Annual report of the Punjab Veterinary College and of the Civil Veterinary Department, Punjab - 1920-1925
Year: 1920
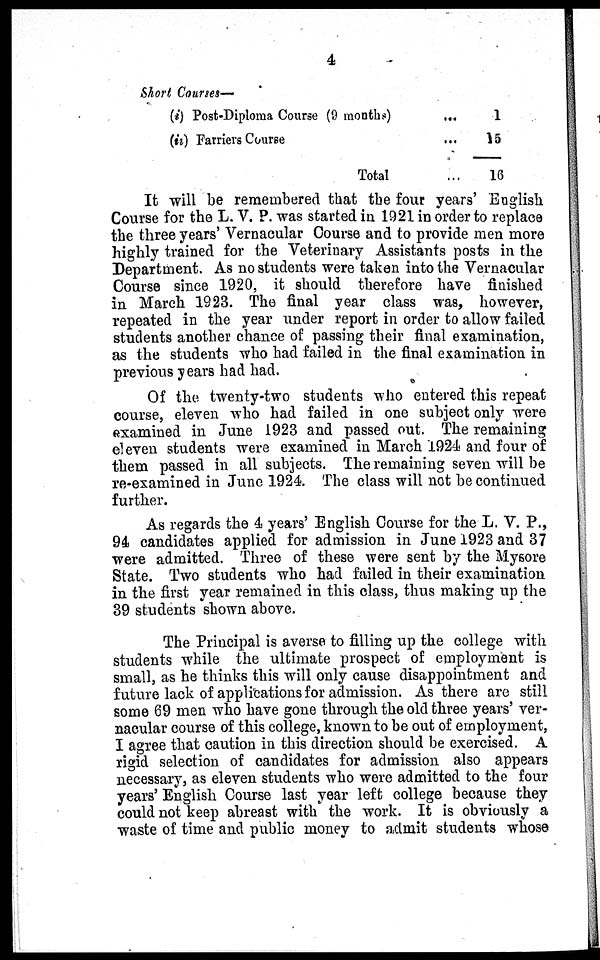
4
Short Courses—
(i) Post-Diploma Course (9 months)
(ii) Farriers Course
Total
...
...
1
15
16
It will be remembered that the four years' English
Course for the L. V. P. was started in 1921 in order to replace
the three years' Vernacular Course and to provide men more
highly trained for the Veterinary Assistants posts in the
Department. As no students were taken into the Vernacular
Course since 1920, it should therefore have finished
in March 1923. The final year class was, however,
repeated in the year under report in order to allow failed
students another chance of passing their final examination,
as the students who had failed in the final examination in
previous years had had.
Of the twenty-two students who entered this repeat
course, eleven who had failed in one subject only were
examined in June 1923 and passed out. The remaining
eleven students were examined in March 1924 and four of
them passed in all subjects. The remaining seven will be
re-examined in June 1924. The class will not be continued
further.
As regards the 4 years' English Course for the L. V. P.,
94 candidates applied for admission in June 1923 and 37
were admitted. Three of these were sent by the Mysore
State. Two students who had failed in their examination
in the first year remained in this class, thus making up the
39 students shown above.
The Principal is averse to filling up the college with
students while the ultimate prospect of employment is
small, as he thinks this will only cause disappointment and
future lack of applications for admission. As there are still
some 69 men who have gone through the old three years' ver-
nacular course of this college, known to be out of employment,
I agree that caution in this direction should be exercised. A
rigid selection of candidates for admission also appears
necessary, as eleven students who were admitted to the four
years' English Course last year left college because they
could not keep abreast with the work. It is obviously a
waste of time and public money to admit students whose